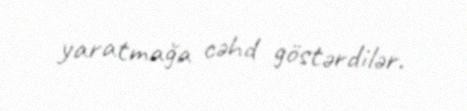
yaratmağa cəhd göstərdilər.